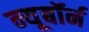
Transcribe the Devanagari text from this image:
न्यूबॉर्न